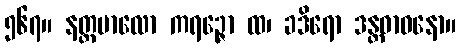
၅၆၇။ နတ္တမာလော ကရဉ္ဇော ထ၊ ခဒိရော ဒန္တဓာဝနော။